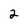
Character: 2